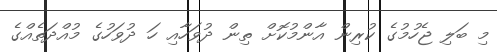
މި ބަލި ޖެހުމުގެ ކުރިން އާންމުކޮށް ތިން ދުވަހާއި ހަ ދުވަހުގެ މުއްދަތެއްގެ